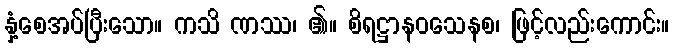
နှံ့စေအပ်ပြီးသော။ ကသိ ဏဿ၊ ၏။ စိရဋ္ဌာနဝသေနစ၊ ဖြင့်လည်းကောင်း။